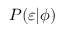
P ( \varepsilon | \phi )